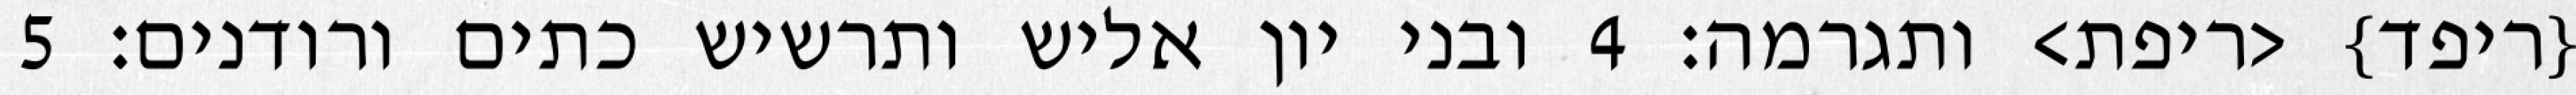
{ריפד} <ריפת> ותגרמה׃ ‎4‏ ובני יון אליש ותרשיש כתים ורודנים׃ ‎5‏